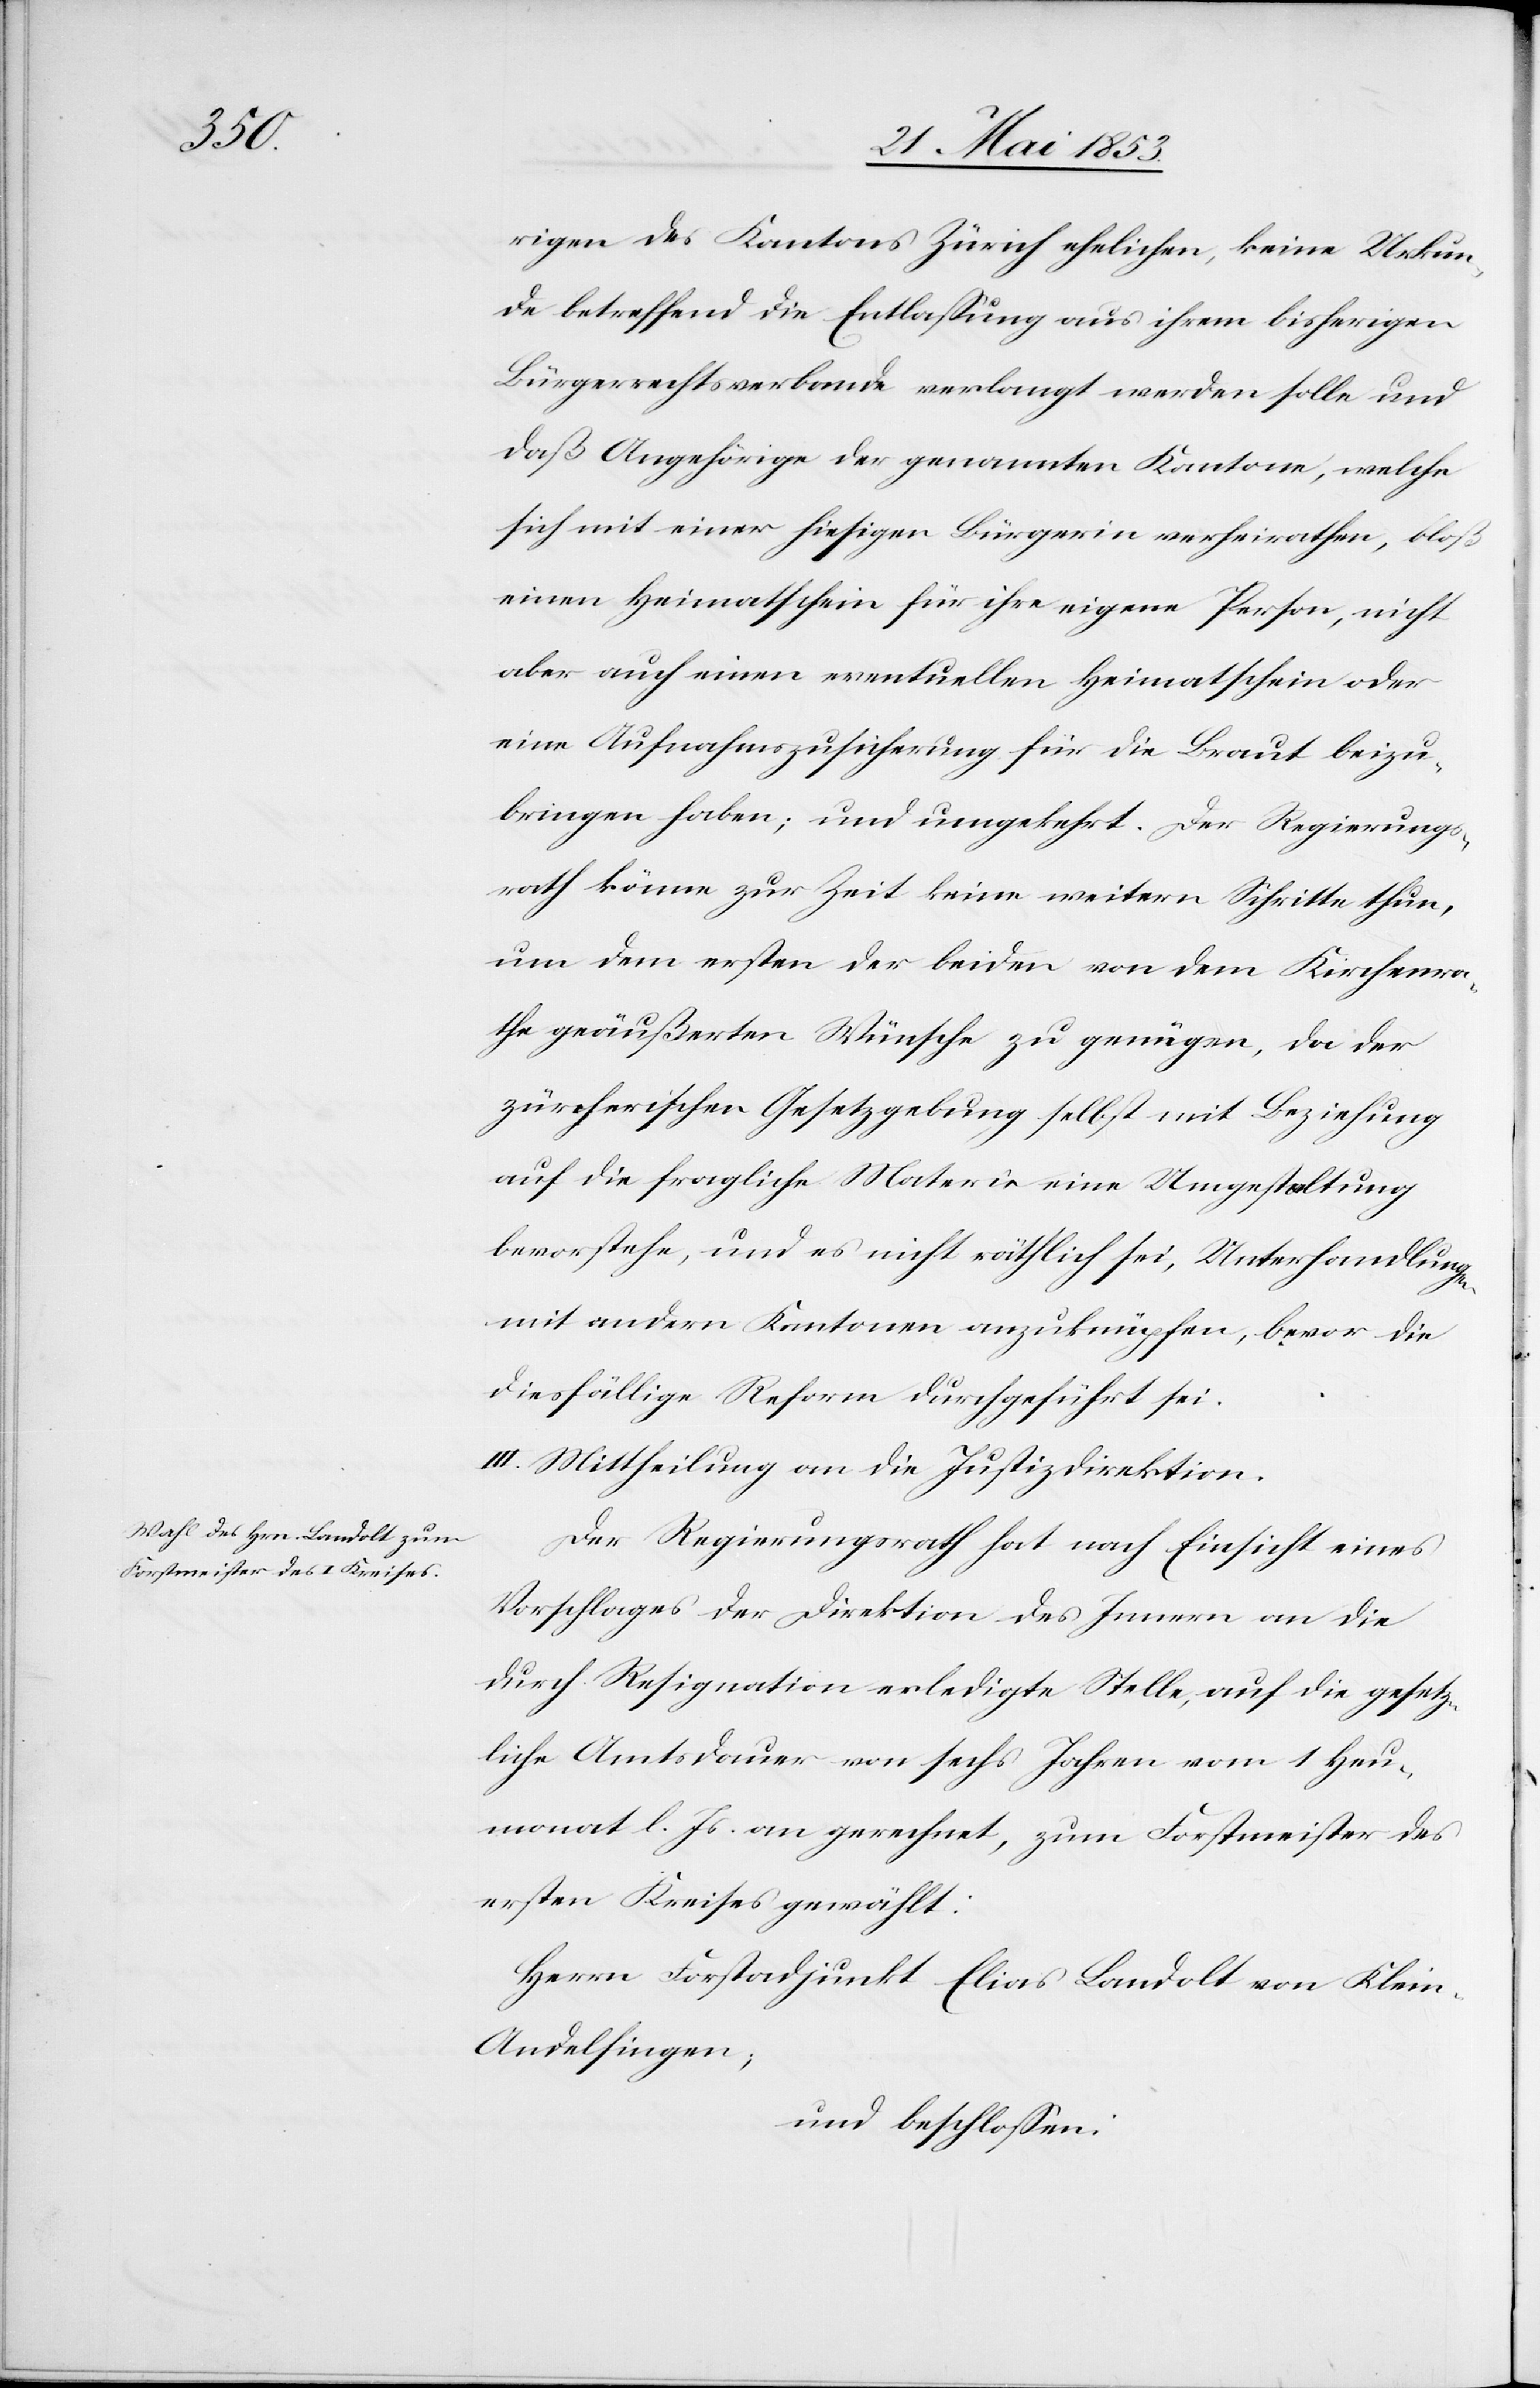
rigen des Kantons Zürich ehelichen, keine Urkun¬
de betreffend die Entlaßung aus ihrem bisherigen
Bürgerrechtsverbande verlangt werden solle und
daß Angehörige der genannten Kantone, welche
sich mit einer hiesigen Bürgerin verheirathen, bloß
einen Heimatschein für ihre eigene Person, nicht
aber auch einen eventuellen Heimatschein oder
eine Aufnahmszusicherung für die Braut beizu¬
bringen haben; und umgekehrt. Der Regierungs¬
rath könne zur Zeit keine weitern Schritte thun,
um dem ersten der beiden von dem Kirchenra¬
the geäußerten Wünsche zu genügen, da der
zürcherischen Gesetzgebung selbst mit Beziehung
auf die fragliche Materie eine Umgestaltung
bevorstehe, und es nicht räthlich sei, Unterhandlungen,
mit andern Kantonen anzuknüpfen, bevor die
diesfällige Reform durchgeführt sei.
III. Mittheilung an die Justizdirektion.
Der Regierungsrath hat nach Einsicht eines
Vorstehers der Direktion des Innern an die
durch Resignation erledigte Stelle, auf die gesetz¬
liche Amtsdauer von sechs Jahren vom 1 Heu¬
monat l. Js. an gerechnet, zum Forstmeister des
ersten Kreises gewählt:
Herrn Forstadjunkt Elias Landolt von Klei¬
n-Andelfingen;
und beschloßen: